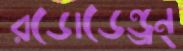
রডোডেন্ড্রন্